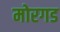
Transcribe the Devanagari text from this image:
मोरगड